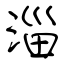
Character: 淄